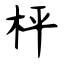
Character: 枰